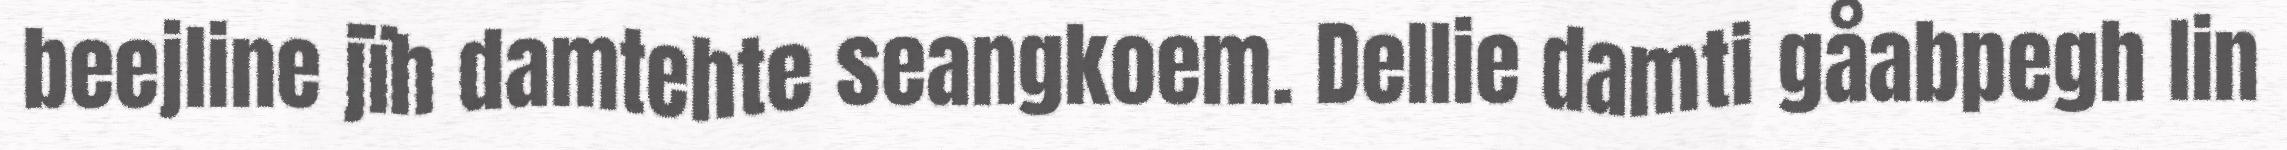
beejline jïh damtehte seangkoem. Dellie damti gåabpegh lin